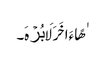
ٰهًا ءَاخَرَ لَا بُرۡهَ۔